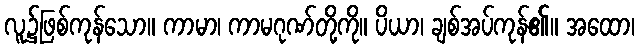
လူ၌ဖြစ်ကုန်သော။ ကာမာ၊ ကာမဂုဏ်တို့ကို။ ပိယာ၊ ချစ်အပ်ကုန်၏။ အထော၊